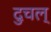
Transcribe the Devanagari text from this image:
दुचल्